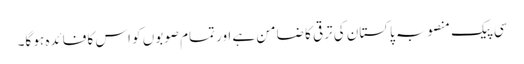
سی پیک منصوبہ پاکستان کی ترقی کا ضامن ہے اور تمام صوبوں کو اس کا فائدہ ہو گا۔